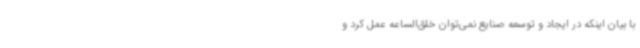
با بیان اینکه در ایجاد و توسعه صنایع نمی‌توان خلق‌الساعه عمل کرد و